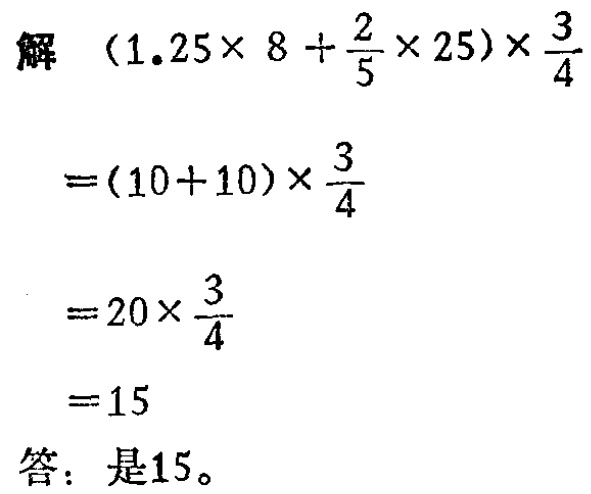
解 \((1.25\times 8 + \frac{2}{5}\times 25)\times\frac{3}{4}\)

\(=(10 + 10)\times\frac{3}{4}\)

\(=20\times\frac{3}{4}\)

\(=15\)

答：是\(15\)。